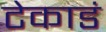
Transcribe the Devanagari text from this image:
टेकाडं